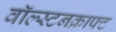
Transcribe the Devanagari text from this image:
वॉल्स्टनक्राफ्ट